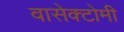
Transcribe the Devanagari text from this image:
वासेक्टोमी